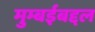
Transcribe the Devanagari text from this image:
मुम्बईबद्दल